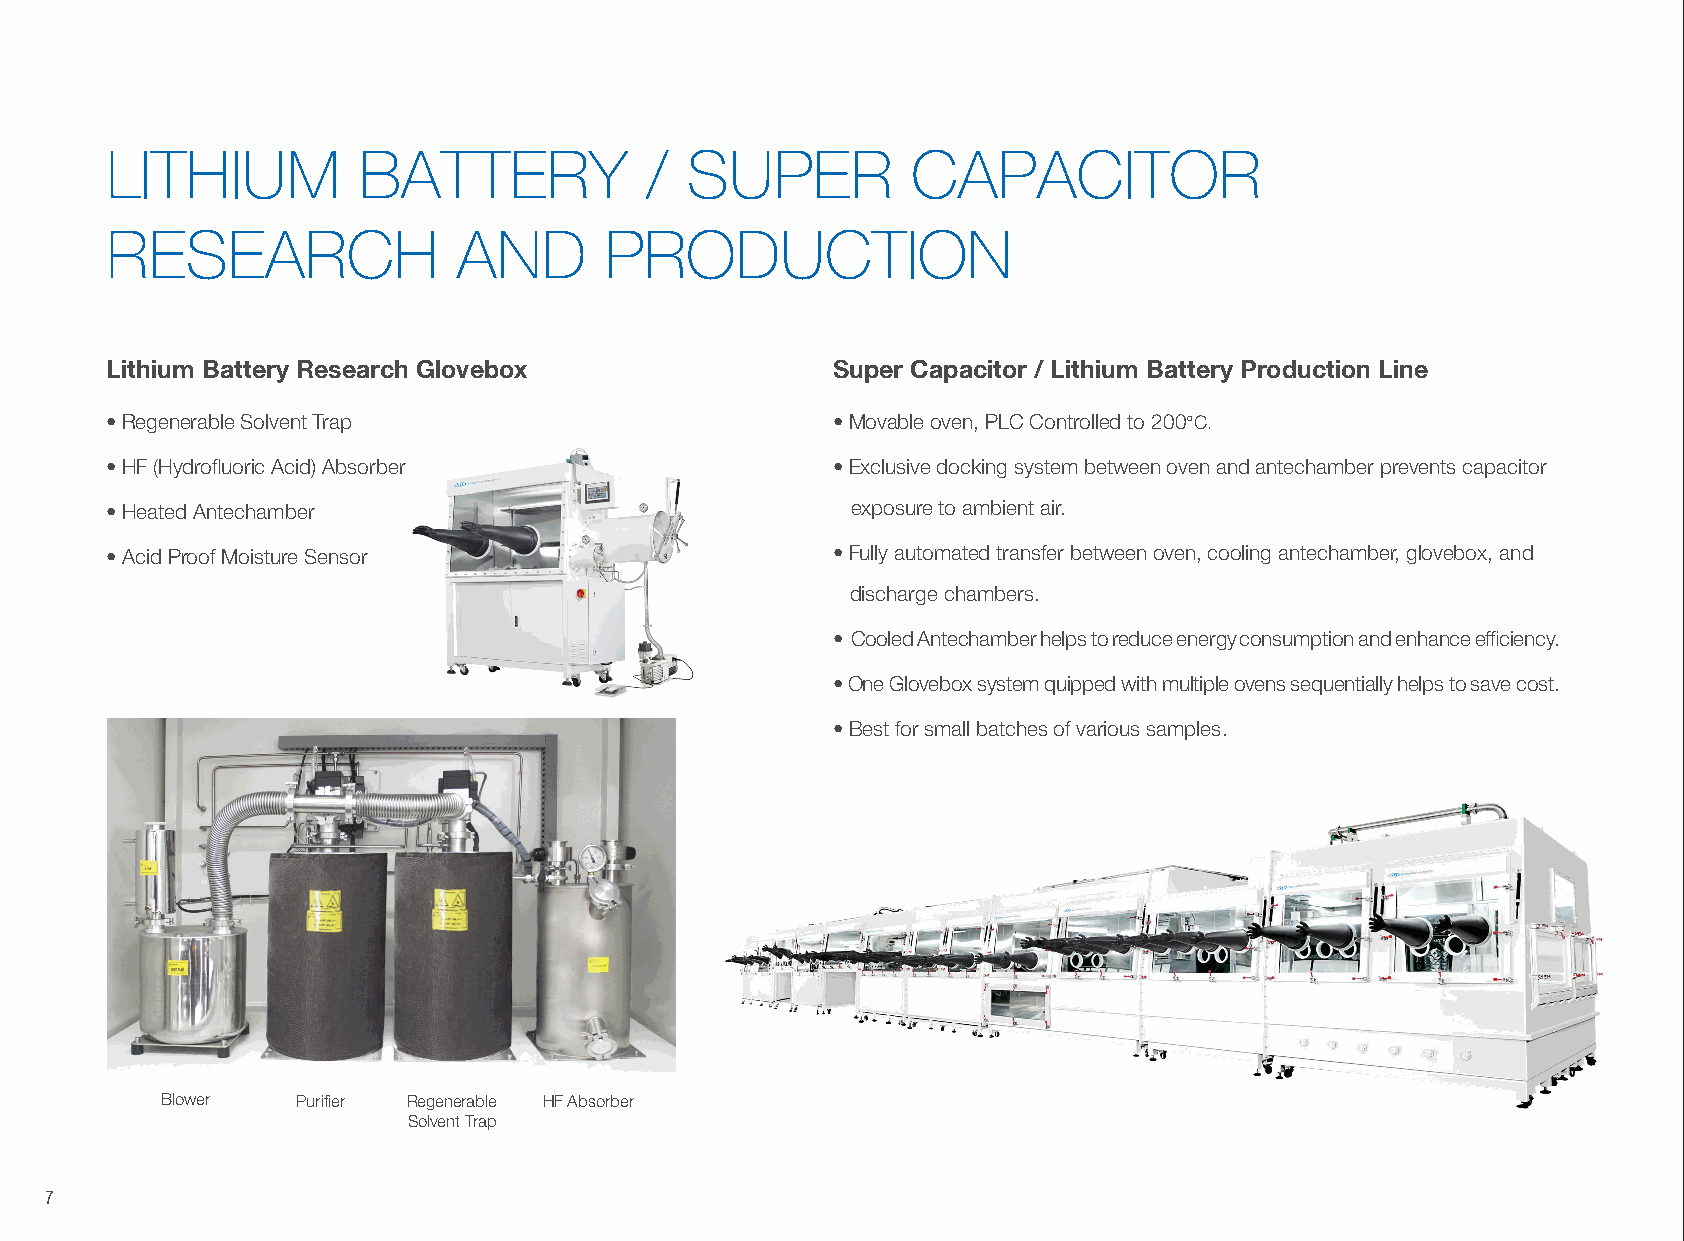
LITHIUM          BATTERY            / SUPER          CAPACITOR
 RESEARCH               AND       PRODUCTION
 Lithium Battery Research Glovebox               Super Capacitor / Lithium Battery Production Line
 • Regenerable Solvent Trap                      • Movable oven, PLC Controlled to 200°C.
 • HF (Hydrofluoric Acid) Absorber               • Exclusive docking system between oven and antechamber prevents capacitor
 • Heated Antechamber                             exposure to ambient air.
 • Acid Proof Moisture Sensor                    • Fully automated transfer between oven, cooling antechamber, glovebox, and
 discharge chambers.
 • Cooled Antechamber helps to reduce energy consumption and enhance efficiency.
 • One Glovebox system quipped with multiple ovens sequentially helps to save cost.
 • Best for small batches of various samples.
 Blower   Purifier Regenerable HF Absorber
 Solvent Trap
 7